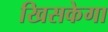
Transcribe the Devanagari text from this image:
खिसकेगा